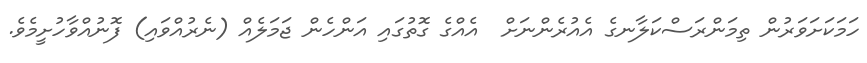
ހަމަކަށަވަރުން ތިމަންރަސްކަލާނގެ އެއުރެންނަށް  އެއްގެ ގޮތުގައި އަންހެން ޖަމަލެއް (ނެރުއްވައި) ފޮނުއްވާހުށީމެވެ.